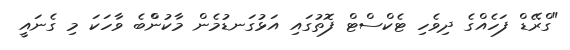
"ގްރޭޑް ފަހެއްގެ ދިވެހި ޓެކްސްޓް ފޮތުގައި އަޅުގަނޑުމެން މާކުންްބެ ވާހަކަ މި ގެނައީ